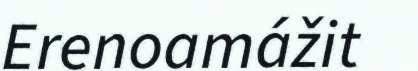
Erenoamážit